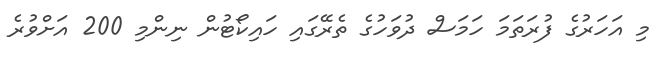
މި އަހަރުގެ ފުރަތަމަ ހަމަސް ދުވަހުގެ ތެރޭގައި ހައިކޯޓުން ނިންމި 200 އަށްވުރެ